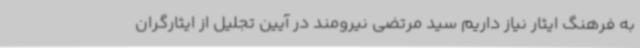
به فرهنگ ایثار نیاز داریم سید مرتضی نیرومند در آیین تجلیل از ایثارگران